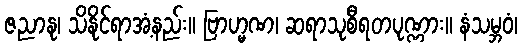
ဇညာနု၊ သိနိုင်ရာအံ့နည်း။ ဗြာဟ္မဏ၊ ဆရာသုစီရတပုဏ္ဏား။ နံသမ္ဘဝံ၊